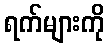
ရက်များကို